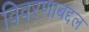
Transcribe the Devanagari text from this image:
विवरणाबद्दल